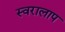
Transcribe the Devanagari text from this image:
स्वरालाप